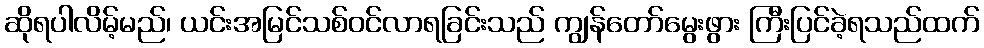
ဆိုရပါလိမ့်မည်၊ ယင်းအမြင်သစ်ဝင်လာရခြင်းသည် ကျွန်တော်မွေးဖွား ကြီးပြင်ခဲ့ရသည်ထက်